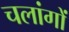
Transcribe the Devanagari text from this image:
चलांगों